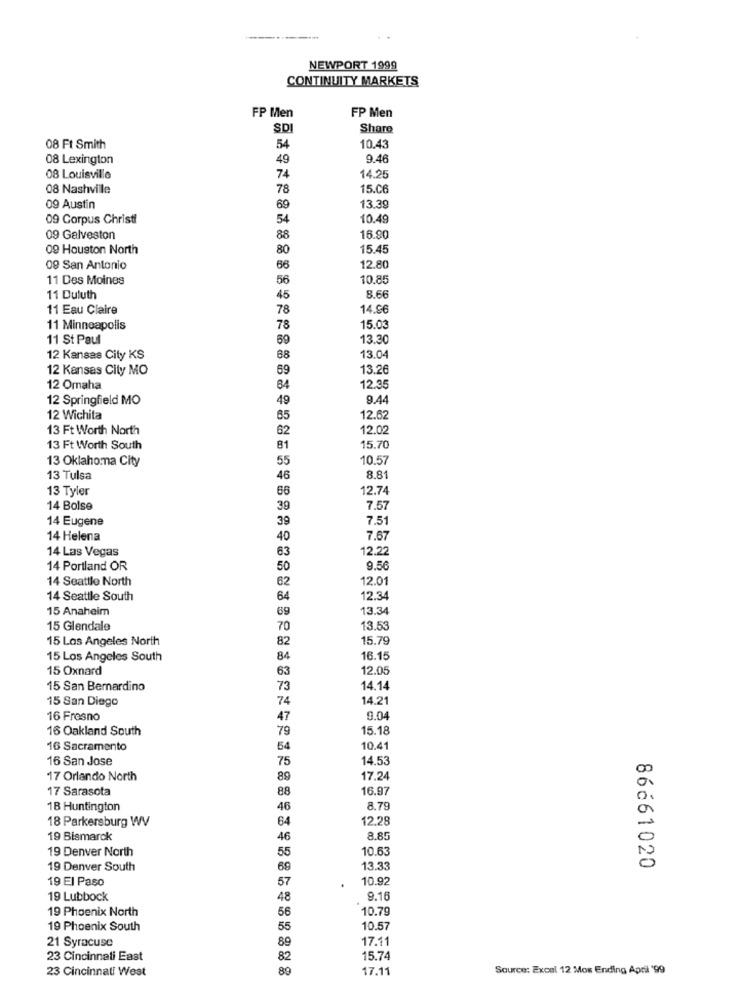
------
NEWPORT 1999
CONTINUITY MARKETS
FP Men
FP Men
SDI
Share
08 Ft Smith
54
10.43
08 Lexington
49
9.46
74
08 Louisville
14.25
08 Nashville
78
15.06
09 Austin
69
13.39
09 Corpus Christi
54
10.49
09 Galveston
88
16.90
09 Houston North
80
15.45
09 San Antonio
66
12.80
11 Des Moines
56
10.85
11 Duluth
45
8.66
11 Eau Claire
78
14.96
11 Minneapolis
78
15.03
11 St Paul
59
13.30
12 Kansas City KS
88
13.04
12 Kansas City MO
69
13.26
12 Omaha
84
12.35
12 Springfield MO
49
9.44
12 Wichita
85
12.62
13 Ft Worth North
62
12.02
13 Ft Worth South
81
15.70
13 Oklahoma City
55
10.57
13 Tulsa
46
8.81
13 Tyler
66
12.74
14 Bolse
39
7.57
14 Eugene
39
7.51
14 Helena
40
7.67
14 Las Vegas
63
12.22
14 Portland OR
50
9.50
14 Seattle North
62
12.01
14 Seattle South
64
12.34
15 Anaheim
69
13.34
15 Glendale
70
13.53
15 Los Angeles North
15.79
82
15 Los Angeles South
84
16.15
15 Oxnard
63
12.05
15 San Bernardino
73
14.14
15 San Diego
74
14.21
16 Fresno
47
9.04
16 Oakland South
79
15.18
16 Sacramento
54
10.41
16 San Jose
75
14.53
17 Orlando North
89
17.24
17 Sarasota
88
16.97
18 Huntington
46
8.79
18 Parkersburg WV
64
12.28
19 Bismarck
46
8.85
55
10.63
19 Denver North
19 Denver South
69
13.33
86661020
19 El Paso
57
10.92
19 Lubbock
48
9.16
19 Phoenix North
10.79
56
19 Phoenix South
55
10.57
21 Syracuse
89
17.11
23 Cincinnati East
82
15.74
23 Cincinnati West
89
17.11
Source: Excel 12 Mos Ending April '99